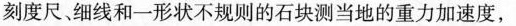
刻度尺、细线和一形状不规则的石块测当地的重力加速度，